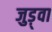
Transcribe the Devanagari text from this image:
जुड़्वा